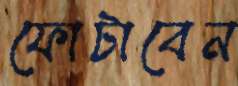
ফোটাবেন